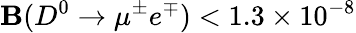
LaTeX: {\cal\mathbf{B}}(D^{0}\to\mu^{\pm}e^{\mp})<1.3\times10^{-8}